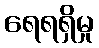
ရေရရှိမှု